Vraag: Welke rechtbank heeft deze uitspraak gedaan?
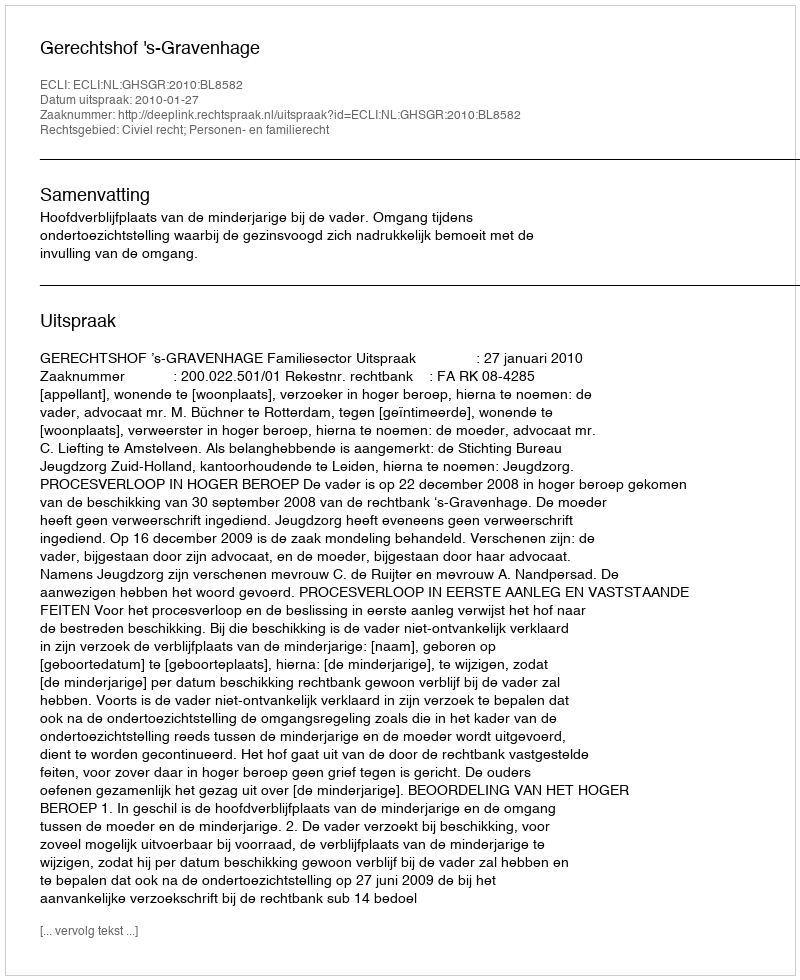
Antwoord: Gerechtshof 's-Gravenhage